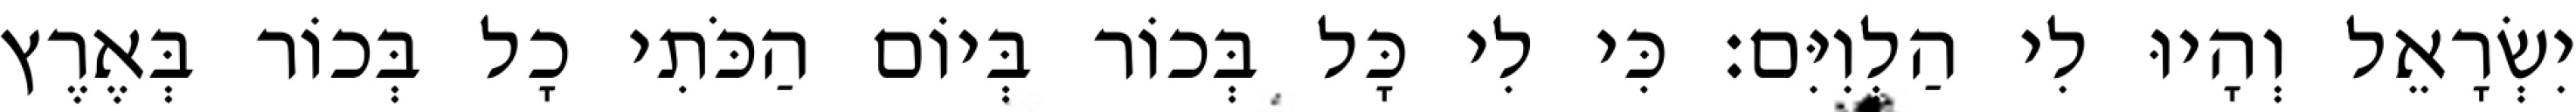
יִשְׂרָאֵל וְהָיוּ לִי הַלְוִיִּם׃ כִּי לִי כָּל בְּכוֹר בְּיוֹם הַכֹּתִי כָל בְּכוֹר בְּאֶרֶץ